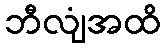
ဘီလျံအထိ